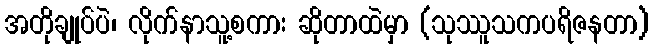
အတိုချုပ်ပဲ၊ လိုက်နာသူ့စကား ဆိုတာထဲမှာ (သုဿူသကပရိဇနတာ)